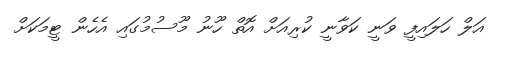
އަލް ހަލައިފީ ވަނީ ކަވާނީ ކުރިއަށް އޮތް ހޫނު މޫސުމުގައި އެހެން ޓީމަކަށް